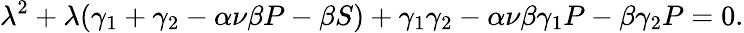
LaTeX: \lambda^{2}+\lambda(\gamma_{1}+\gamma_{2}-\alpha\nu\beta P-\beta S)+\gamma_{1}\gamma_{2}-\alpha\nu\beta\gamma_{1}P-\beta\gamma_{2}P=0.